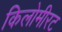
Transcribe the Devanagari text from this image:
किलोमीरट